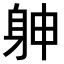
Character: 𨈮